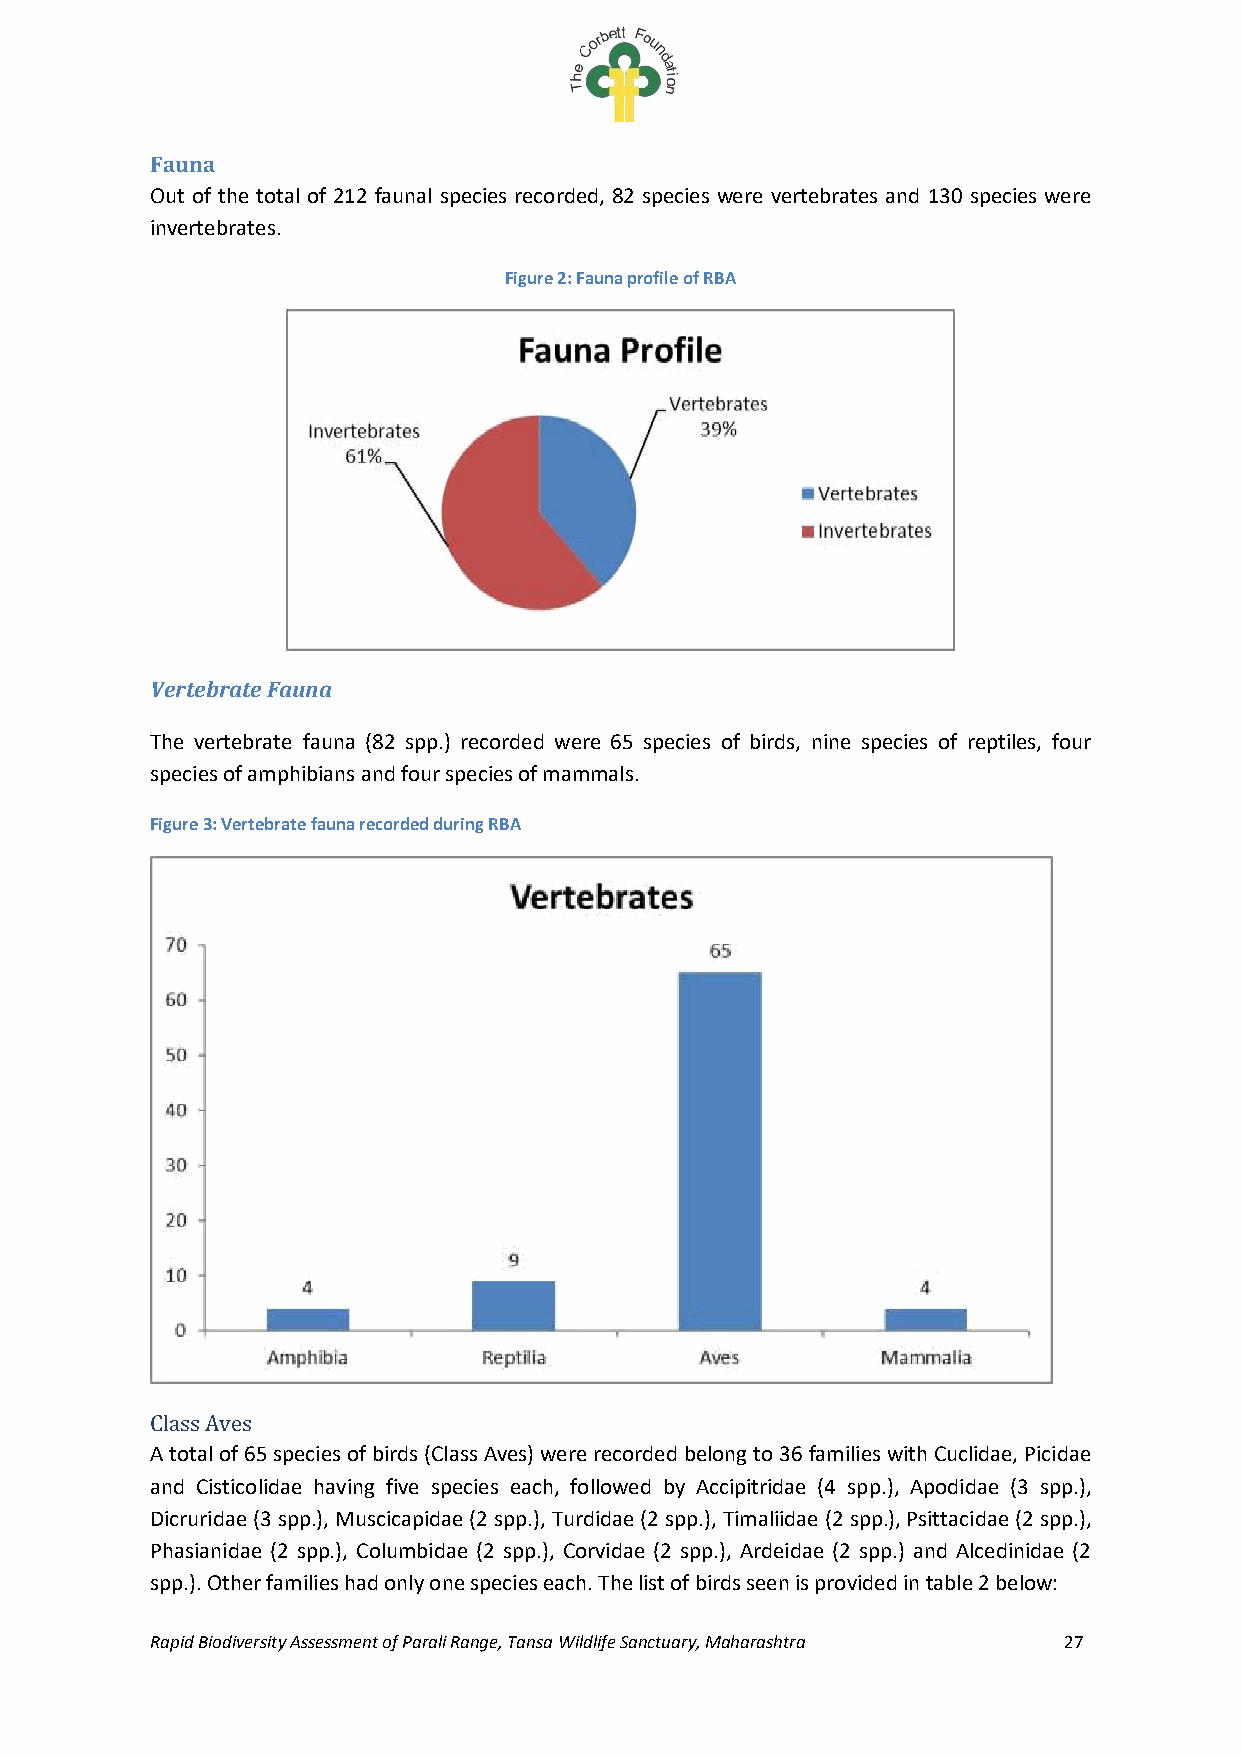
Fauna
 Out of the total of 212 faunal species recorded, 82 species were vertebrates and 130 species were
 invertebrates.
 Figure 2: Fauna profile of RBA
 Vertebrate Fauna
 The vertebrate fauna (82 spp.) recorded were 65 species of birds, nine species of reptiles, four
 species of amphibians and four species of mammals.
 Figure 3: Vertebrate fauna recorded during RBA
 Class Aves
 A total of 65 species of birds (Class Aves) were recorded belong to 36 families with Cuclidae, Picidae
 and Cisticolidae having five species each, followed by Accipitridae (4 spp.), Apodidae (3 spp.),
 Dicruridae (3 spp.), Muscicapidae (2 spp.), Turdidae (2 spp.), Timaliidae (2 spp.), Psittacidae (2 spp.),
 Phasianidae (2 spp.), Columbidae (2 spp.), Corvidae (2 spp.), Ardeidae (2 spp.) and Alcedinidae (2
 spp.). Other families had only one species each. The list of birds seen is provided in table 2 below:
 Rapid Biodiversity Assessment of Parali Range, Tansa Wildlife Sanctuary, Maharashtra 27